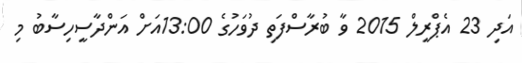
އަދި 23 އެޕްރީލް 2015 ވާ ބުރާސްފަތި ދުވަހުގެ 13:00އަށް އަންދާސީހިސާބު މި